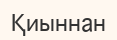
Қиыннан